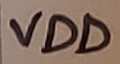
Text: VDD